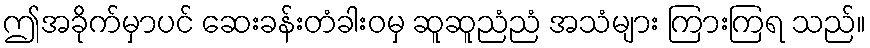
ဤအခိုက်မှာပင် ဆေးခန်းတံခါးဝမှ ဆူဆူညံညံ အသံများ ကြားကြရ သည်။